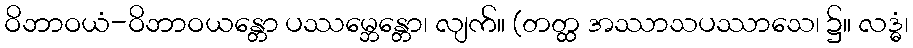
ဝိဘာဝယံ-ဝိဘာဝယန္တော ပဿမ္ဘေန္တော၊ လျက်။ (တတ္ထ အဿာသပဿာသေ၊ ၌။ လဒ္ဓံ၊